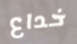
خداع